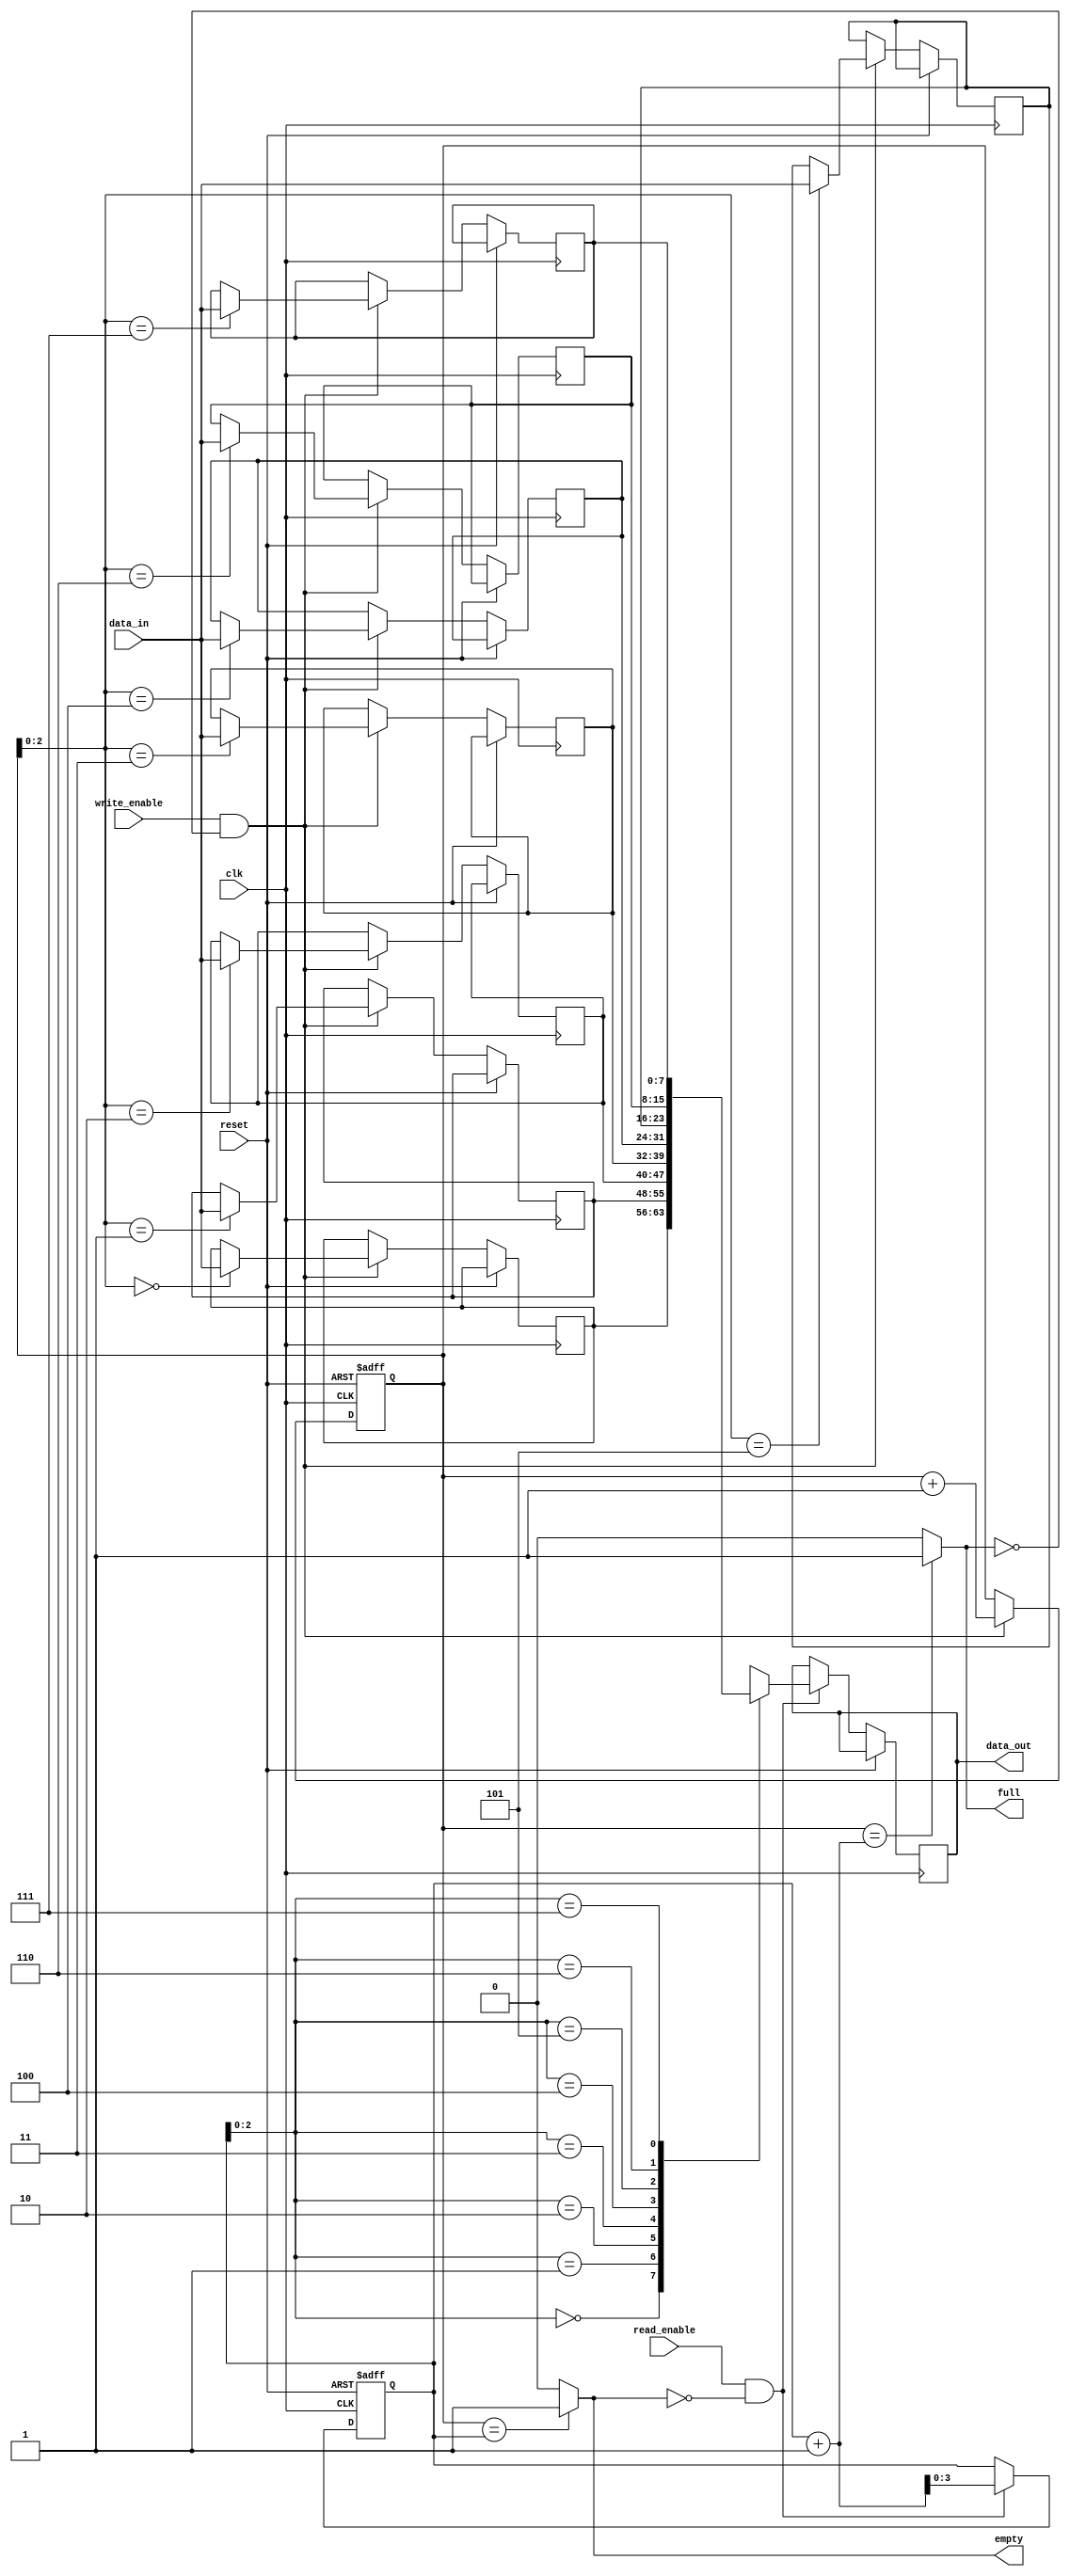
module bidirectional_fifo (
  input wire clk,
  input wire reset,
  input wire write_enable,
  input wire read_enable,
  input wire [7:0] data_in,
  output wire [7:0] data_out,
  output wire full,
  output wire empty
);

parameter DEPTH = 8; // Depth of the FIFO

reg [7:0] memory [0:DEPTH-1];
reg [3:0] write_ptr;
reg [3:0] read_ptr;

assign full = (write_ptr == read_ptr + 1) ? 1'b1 : 1'b0;
assign empty = (write_ptr == read_ptr) ? 1'b1 : 1'b0;

always @(posedge clk or posedge reset) begin
  if (reset) begin
    write_ptr <= 4'b0000;
    read_ptr <= 4'b0000;
  end else begin
    if (write_enable && !full) begin
      memory[write_ptr] <= data_in;
      write_ptr <= write_ptr + 1;
    end
    if (read_enable && !empty) begin
      data_out <= memory[read_ptr];
      read_ptr <= read_ptr + 1;
    end
  end
end

endmodule